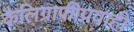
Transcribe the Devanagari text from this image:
कैलिग्राफीप्रवाही